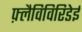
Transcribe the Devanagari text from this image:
फ़्लैविविरिडेई